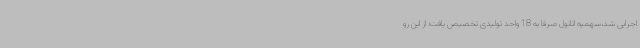
اجرایی شد،سهمیه اتانول صرفا به 18 واحد تولیدی تخصیص یافت؛ از این رو